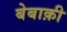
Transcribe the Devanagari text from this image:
बेबाक़ी